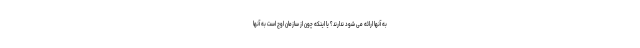
به آنها ارائه می شود ندارند؟ یا اینکه چون از سازمان اوج است به آنها